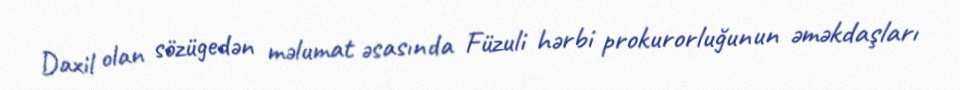
Daxil olan sözügedən məlumat əsasında Füzuli hərbi prokurorluğunun əməkdaşları